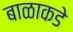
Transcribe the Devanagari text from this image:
बाळाकडे